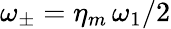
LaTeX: \omega_{\pm}=\eta_{m}\, \omega_{1}/2